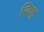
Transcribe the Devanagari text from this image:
स्किडू